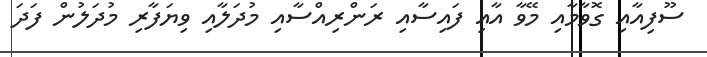
ސޫފިއާއި ގޮވާމާއި މޭވާ އާއި ފައިސާއި ރަންރިއްސާއި މުދަލާއި ވިޔަފާރި މުދަލުން ފަދަ